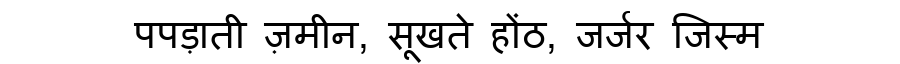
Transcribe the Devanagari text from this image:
पपड़ाती ज़मीन, सूखते होंठ, जर्जर जिस्म